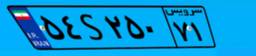
۱۵S۰۳۹۹۱